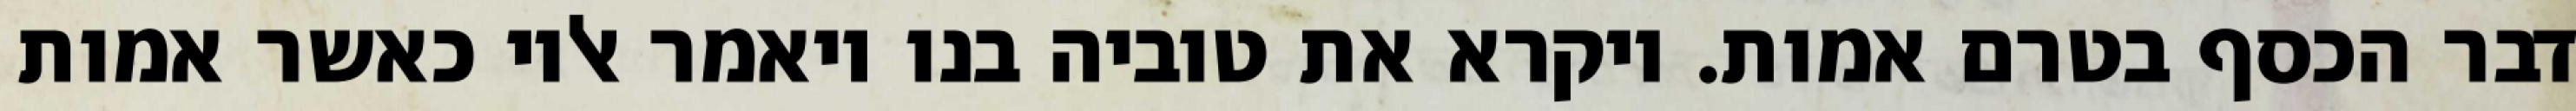
דבר הכסף בטרם אמות. ויקרא את טוביה בנו ויאמר אליו כאשר אמות